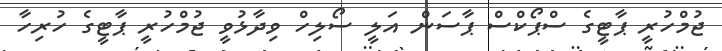
ޖުމްހުރީ ޕާޓީގެ ސްޕޯކްސް ޕާސަން އަލީ ސޯލިހް ވިދާޅުވީ ޖުމްހުރީ ޕާޓީގެ ހުރިހާ